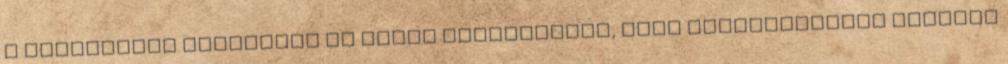
a kaszinóban veszített el éppen százezreket, Aliz kétségbeesett lépésre